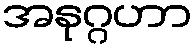
အနုဂ္ဂဟာ